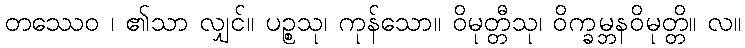
တဿေဝ ၊ ၏သာ လျှင်။ ပဉ္စသု၊ ကုန်သော။ ဝိမုတ္တီသု၊ ဝိက္ခမ္ဘနဝိမုတ္တိ။ လ။